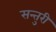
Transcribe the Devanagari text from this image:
सन्तुरी